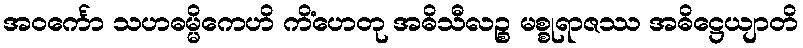
အဝင်္ကော သဟဓမ္မိကေဟိ ကိံဟေတု အဓိသီလဉ္စ မစ္စုရာဇဿ အဓိဋ္ဌေယျာတိ